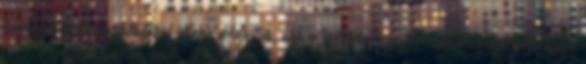
önmagatok degradálásával ellene dolgoztok, akkor testetek engedelmeskedik majd legerősebb